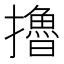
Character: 擼